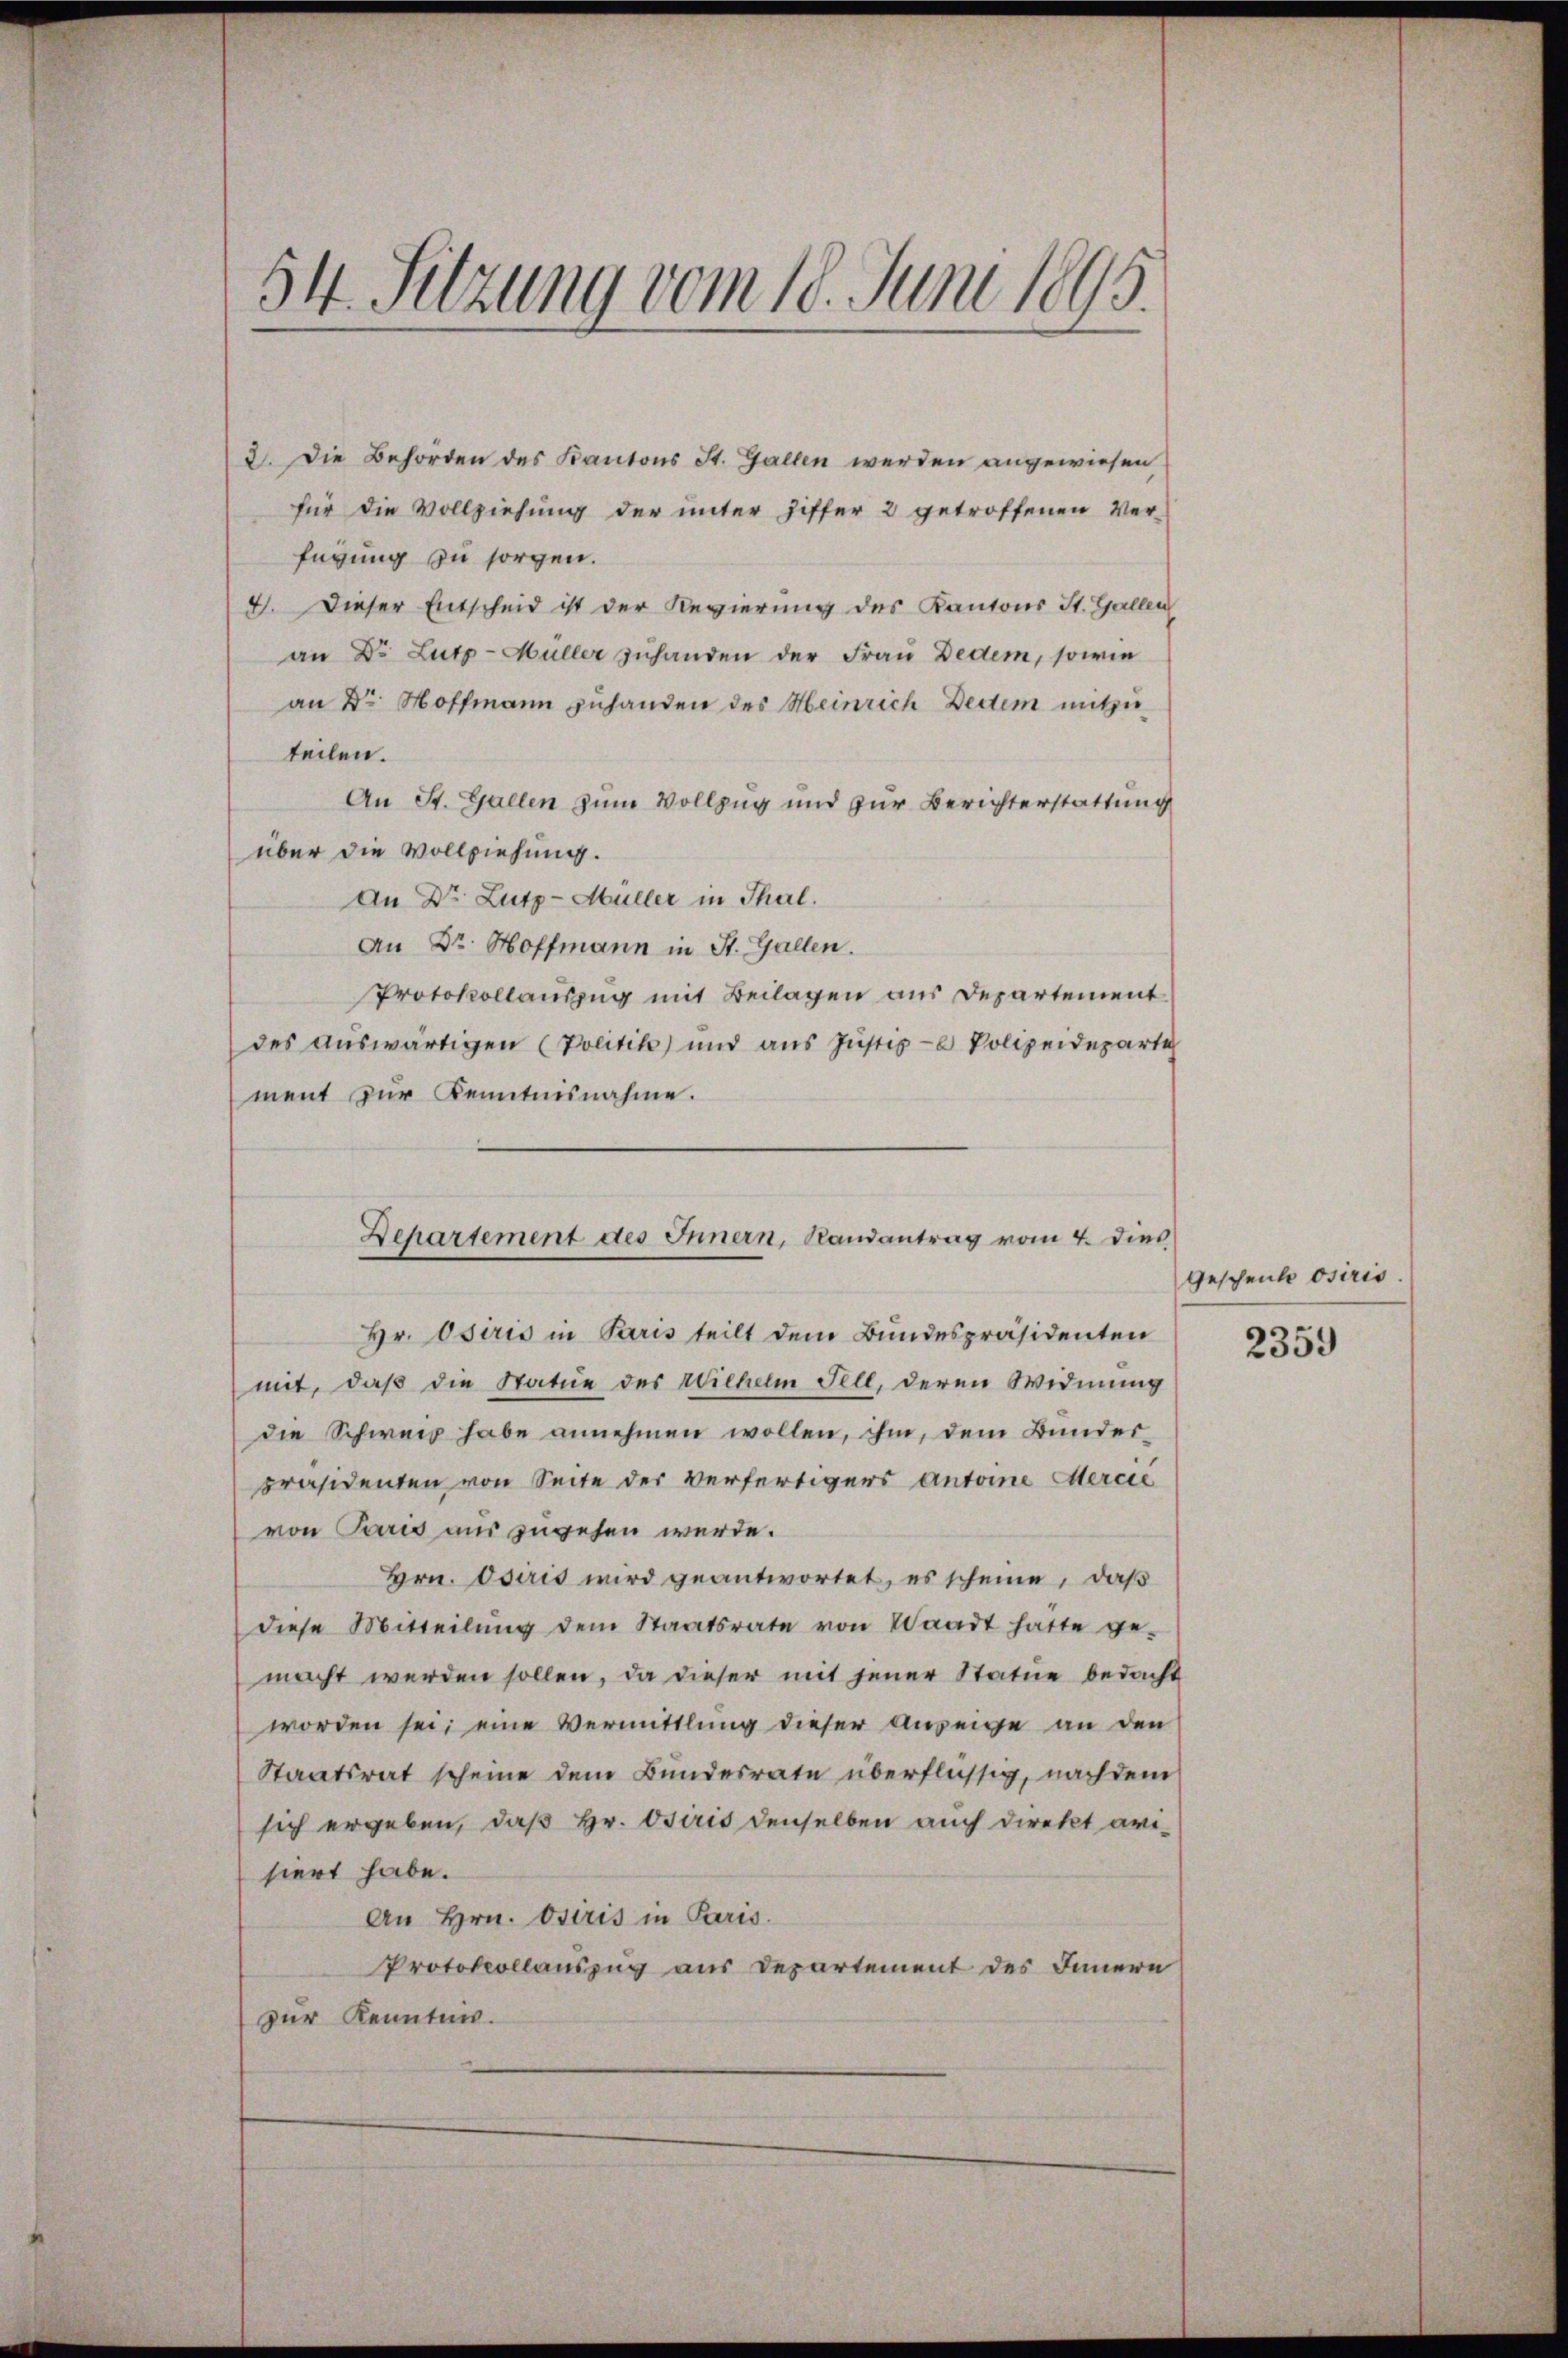
2
54. Sitzung vom 18. Juni 1895.

2. Die Behörden des Kantons St. Gallen werden angewiesen
für die Vollziehung der unter Ziffer 2 getroffenen Ver-
fügung zu sorgen.
4. Dieser Entscheid ist der Regierung des Kantons St. Gallen
an Dr. Lutz-Müller zuhanden der Frau Dedem, sowie
an Dr Hoffmann zuhanden des Heinrich Dedem mitzuteilen.
An St. Gallen zum Vollzug und zur Berichterstattung
über die Vollziehung.
an Dr. Lutz-Müller in Thal.
An Dr. Hoffmann in St. Gallen.
Protokollauszug mit Beilagen aus Departement
des auswärtigen (Politik und aus Justiz - Polizeideparti
ment zur Kenntnisnahme.
Hr. Osiris in Paris teilt dem Bundespräsidenten
mit, daß die Statue des Wilhelm Fell, deren Widmung
die Schweiz habe annehmen wollen, ihm, dem Bunderpräsidenten von Seite der verfertigers Antoine Mercie
von Paris aus zugehen werde.
Hrn. Oderis wird geantwortet, es scheine, daß
diese Mitteilŭng dem Staatsrate von Waadt hatte ge-
macht werden sollen, da dieser mit jener Statue bedacht
worden sei; eine Vermittlung dieser Anzeige an den
Staatsrat scheine dem Bundesrate überflüssig, nach dem
sich ergeben, daß Hr. Osiris denselben auch direkt avi-
siert habe.
An Hrn. Osiris in Paris.
Protokollauszug aus Departement des Innern
zur Kennten.

Departement des Innern, Randantrag vom 4. dies

Geschenke osiris

2359